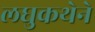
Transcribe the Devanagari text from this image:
लघुकथेने